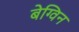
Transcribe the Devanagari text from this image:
बेग्विन